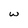
Character: w